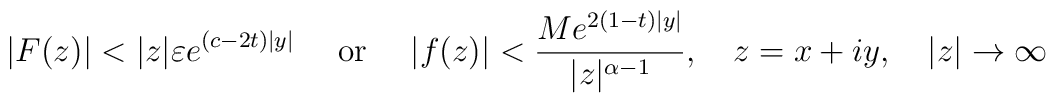
\vert F(z)\vert <\vert z\vert \varepsilon e^{(c-2t)\vert y\vert } \quad \textrm{ or }\quad \vert f(z)\vert <\frac{Me^{2(1-t)\vert y\vert }}{\vert z\vert ^{\alpha -1}},\quad z=x+iy,\quad \vert z\vert \to \infty